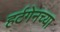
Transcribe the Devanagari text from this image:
हर्टगेनच्या